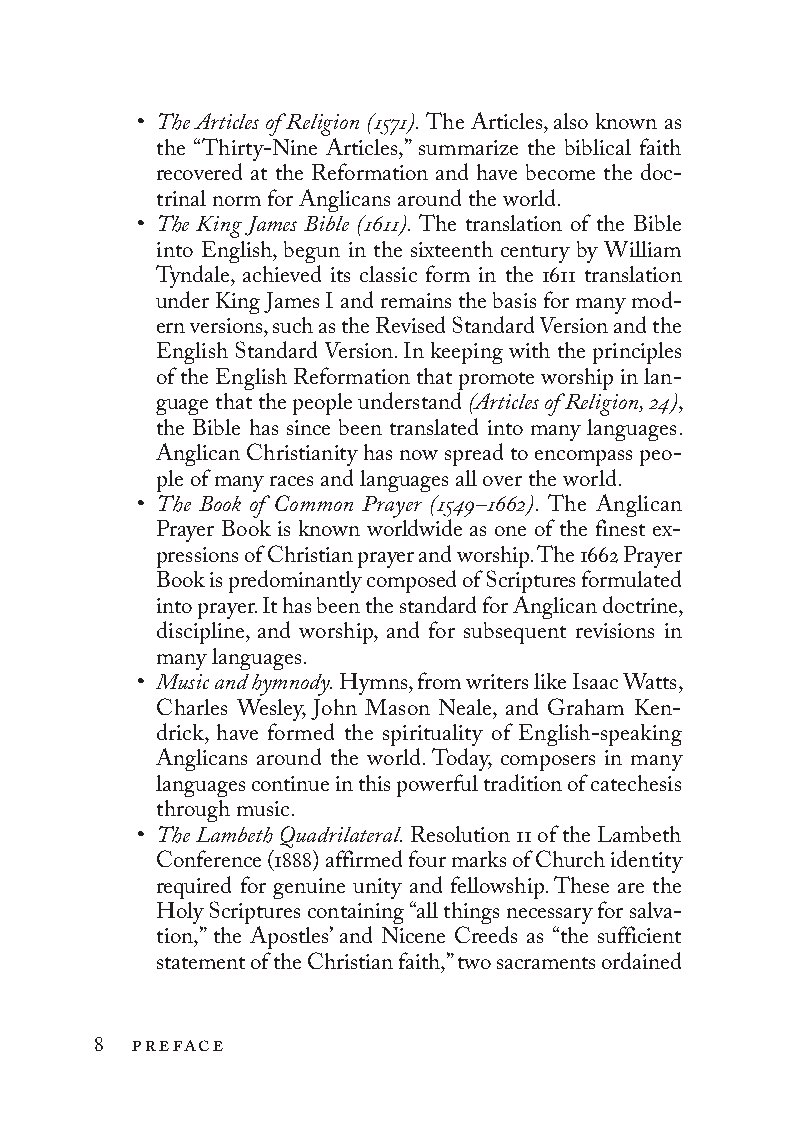
• The Articles of Religion (1571). The Articles, also known as
 the “Thirty-Nine Articles,” summarize the biblical faith
 recovered at the Reformation and have become the doc-
 trinal norm for Anglicans around the world.
 • The King James Bible (1611). The translation of the Bible
 into En glish, begun in the sixteenth century by William
 Tyndale, achieved its classic form in the 1611 translation
 under King James I and remains the basis for many mod-
 ern versions, such as the Revised Standard Version and the
 En glish Standard Version. In keeping with the principles
 of the En glish Reformation that promote worship in lan-
 guage that the people understand (Articles of Religion, 24),
 the Bible has since been translated into many languages.
 Anglican Chris tian ity has now spread to encompass peo-
 ple of many races and languages all over the world.
 • The Book of Common Prayer (1549–1662). The Anglican
 Prayer Book is known worldwide as one of the finest ex-
 pressions of Christian prayer and worship. The 1662 Prayer
 Book is predominantly composed of Scriptures formulated
 into prayer. It has been the standard for Anglican doctrine,
 discipline, and worship, and for subsequent revisions in
 many languages.
 • Music and hymnody. Hymns, from writers like Isaac Watts,
 Charles Wesley, John Mason Neale, and Graham Ken-
 drick, have formed the spirituality of En glish-speaking
 Anglicans around the world. Today, composers in many
 languages continue in this powerful tradition of catechesis
 through music.
 • The Lambeth Quadrilateral. Resolution 11 of the Lambeth
 Conference (1888) affirmed four marks of Church identity
 required for genuine unity and fellowship. These are the
 Holy Scriptures containing “all things necessary for salva-
 tion,” the Apostles’ and Nicene Creeds as “the sufficient
 statement of the Christian faith,” two sacraments ordained
 8 preface
 To be a Christian.566776.int.indd 8         11/13/19 1:31 PM